Document type: Sale
Year: 1461
Scribe: [Unknown]
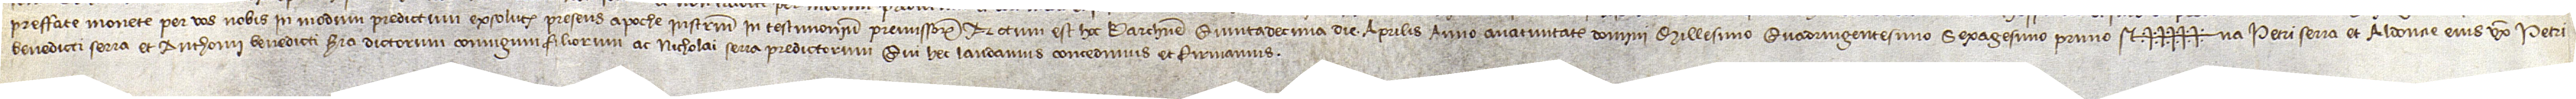
preffate monete per vos nobis in modum predictum exsolutis presens apoche instrumentum in testimonium premissorum.  Actum est hoc Barchinone quintadecima die aprilis, anno a Nativitate Domini millesimo quadringentesimo sexagesimo primo.  Sig+++++na Petri Serra et Aldoncie, eius uxoris, Petri